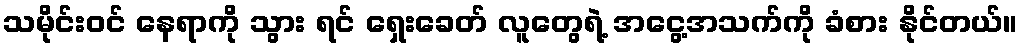
သမိုင်းဝင် နေရာကို သွား ရင် ရှေးခေတ် လူတွေရဲ့ အငွေ့အသက်ကို ခံစား နိုင်တယ်။